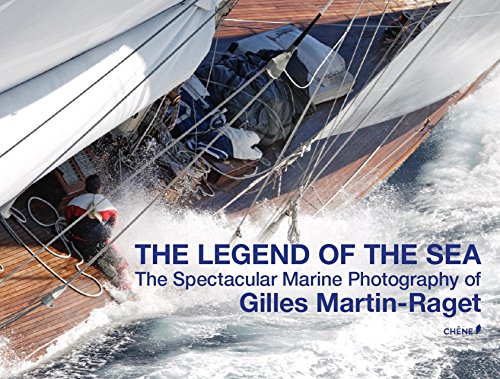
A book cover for Legend of the Sea: The Spectacular Marine Photography of Gilles Martin-Raget; Gilles Martin-Raget; Arts & Photography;